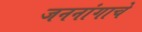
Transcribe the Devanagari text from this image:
जननांगाचे